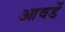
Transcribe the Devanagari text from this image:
आवडें